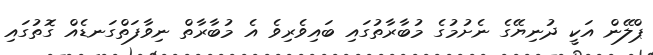
ޕްލޭން އަކީ ދުނިޔޭގެ ނެށުމުގެ މުބާރާތުގައި ބައިވެރިވެ އެ މުބާރާތް ނިވާފަތްގަނޑެއް ގޮތުގައި